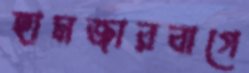
হামজারবাগে